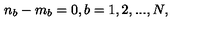
n _ { b } - m _ { b } = 0 , b = 1 , 2 , . . . , N ,